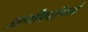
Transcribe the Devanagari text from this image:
प्राणीवर्गामध्ये